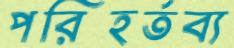
পরিহর্তব্য